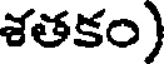
శతకం)